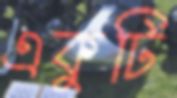
একুটি